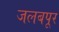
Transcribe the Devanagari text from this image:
जलबपूर